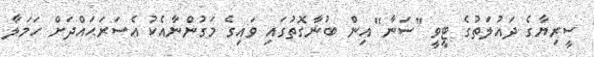
ސީރިޔާގެ ދައުލަތުގެ ޓީވީ "ސަނާ" އިން ބުނާގޮތުގައި ވައިގެ މަގުންނާއެކު އެސަރަޙައްދަށް ހަމަލާ